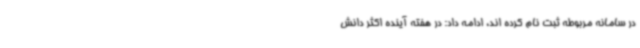
در سامانه مربوطه ثبت نام کرده اند، ادامه داد: در هفته آینده اکثر دانش